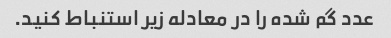
عدد گم شده را در معادله زیر استنباط کنید.